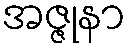
အဇ္ဇုနာ